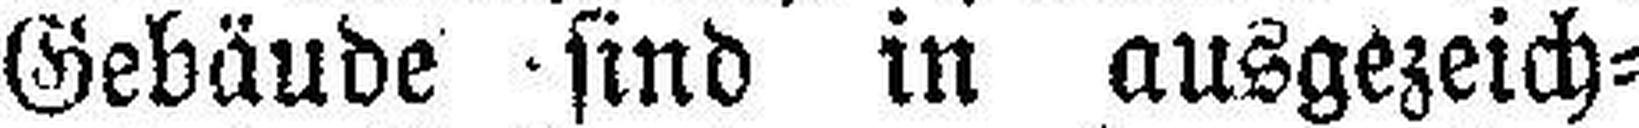
Gebäude sind in ausgezeich¬